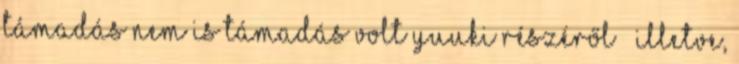
támadás nem is támadás volt Yuuki részéről – illetve,